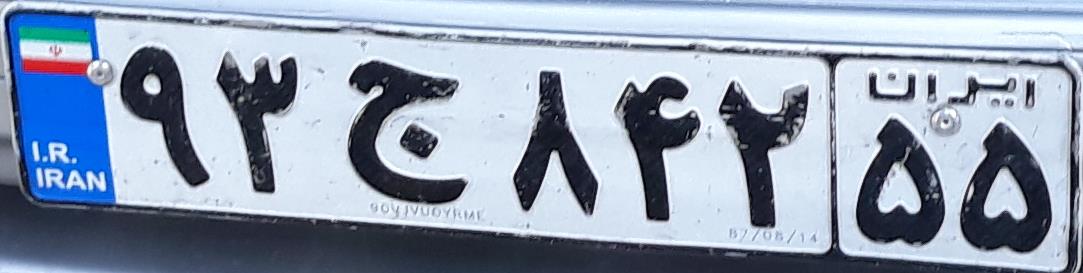
۹۳ج۸۴۲۵۵